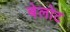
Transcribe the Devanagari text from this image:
बेलोट